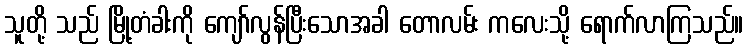
သူတို့ သည် မြို့တံခါးကို ကျော်လွန်ပြီးသောအခါ တောလမ်း ကလေးသို့ ရောက်လာကြသည်။